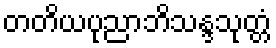
တတိယပုညာဘိသန္ဒသုတ္တံ